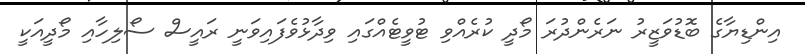
އިންޑިޔާގެ ބޮޑުވަޒީރު ނަރެންދުރަ މޯދީ ކުރެއްވި ޓުވީޓެއްގައި ވިދާޅުވެފައިވަނީ ރައީސް ސޯލިހާއި މޯދީއަކީ